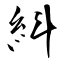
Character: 紏